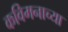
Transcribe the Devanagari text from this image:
कविमनाच्या